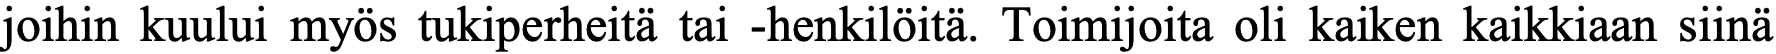
joihin kuului myös tukiperheitä tai -henkilöitä. Toimijoita oli kaiken kaikkiaan siinä